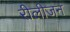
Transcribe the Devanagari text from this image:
रीलीजन